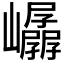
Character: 𫶤